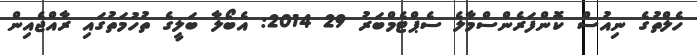
ހެލްތުގެ ނިއުސް ކޮންފަރެންސްމާލެ ސެޕްޓެމްބަރު 29 2014: އެބޯލާ ބަލީގެ ތުހުމަތުގައި ރާއްޖެއިން